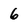
Character: 6